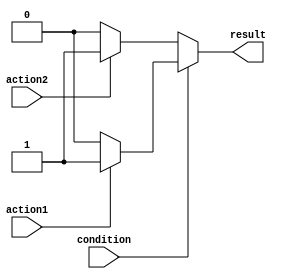
module if_else_example(
    input wire condition,
    input wire action1,
    input wire action2,
    output reg result
);

always @(condition) begin
    if (condition) begin
        if(action1) begin
            result = 1;
        end else begin
            result = 0;
        end
    end else begin
        if(action2) begin
            result = 1;
        end else begin
            result = 0;
        end
    end
end

endmodule